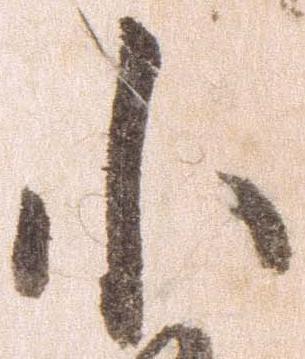
小